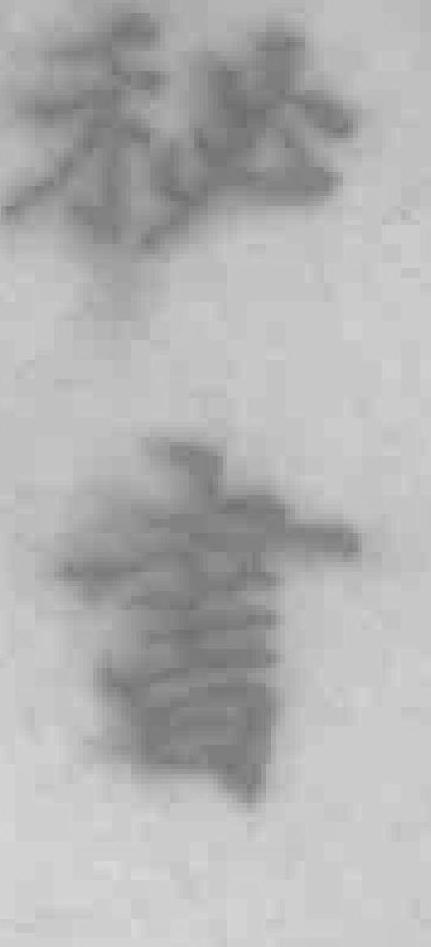
秘書